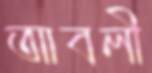
আবলী